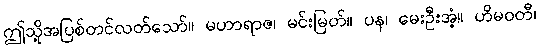
ဤသို့အပြစ်တင်လတ်သော်။ မဟာရာဇ၊ မင်းမြတ်။ ပန၊ မေးဦးအံ့။ ဟိမဝတီ၊